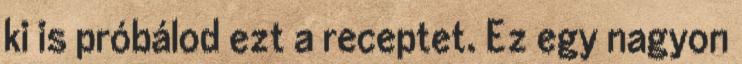
ki is próbálod ezt a receptet. Ez egy nagyon